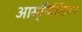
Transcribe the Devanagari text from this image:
आस्मिरिडियम